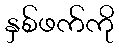
နှစ်ဖက်ကို